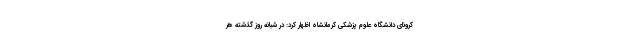
کرونای دانشگاه علوم پزشکی کرمانشاه اظهار کرد: در شبانه روز گذشته هر